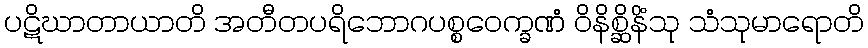
ပဋိဃာတာယာတိ အတီတပရိဘောဂပစ္စဝေက္ခဏံ ဝိနိစ္ဆိနိံသု သံသုမာရောတိ